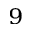
^ 9